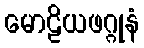
မောဠိယဖဂ္ဂုနံ